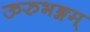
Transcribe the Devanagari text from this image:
ऊरुभङ्गम्